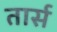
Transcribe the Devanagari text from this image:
तार्स